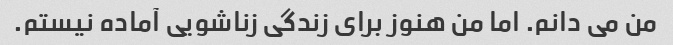
من می دانم. اما من هنوز برای زندگی زناشویی آماده نیستم.